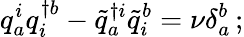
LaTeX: q_{a}^{i}q_{i}^{\dagger b}-{\tilde{q}}_{a}^{\dagger i}{\tilde{q}}_{i}^{b}=\nu\delta_{a}^{b}\, ;